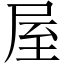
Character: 屋